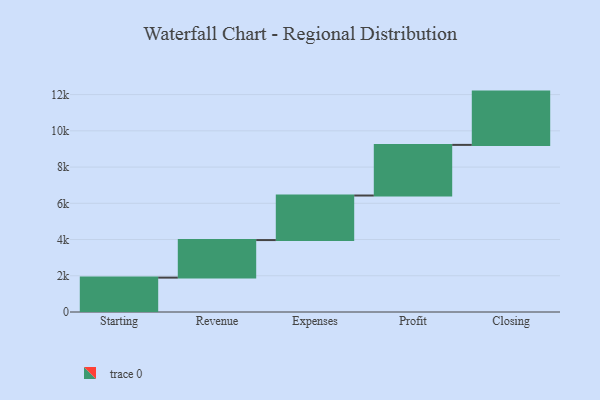
{"axis": {"x": "Step", "y": "Value"}, "legend": [""], "data": [{"x": "Starting", "y": 1898.0, "type": ""}, {"x": "Revenue", "y": 2073.0, "type": ""}, {"x": "Expenses", "y": 2459.0, "type": ""}, {"x": "Profit", "y": 2795.0, "type": ""}, {"x": "Closing", "y": 2942.0, "type": ""}]}